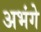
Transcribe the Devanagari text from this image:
अभंगे